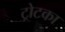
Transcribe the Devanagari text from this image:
ट्रोटका